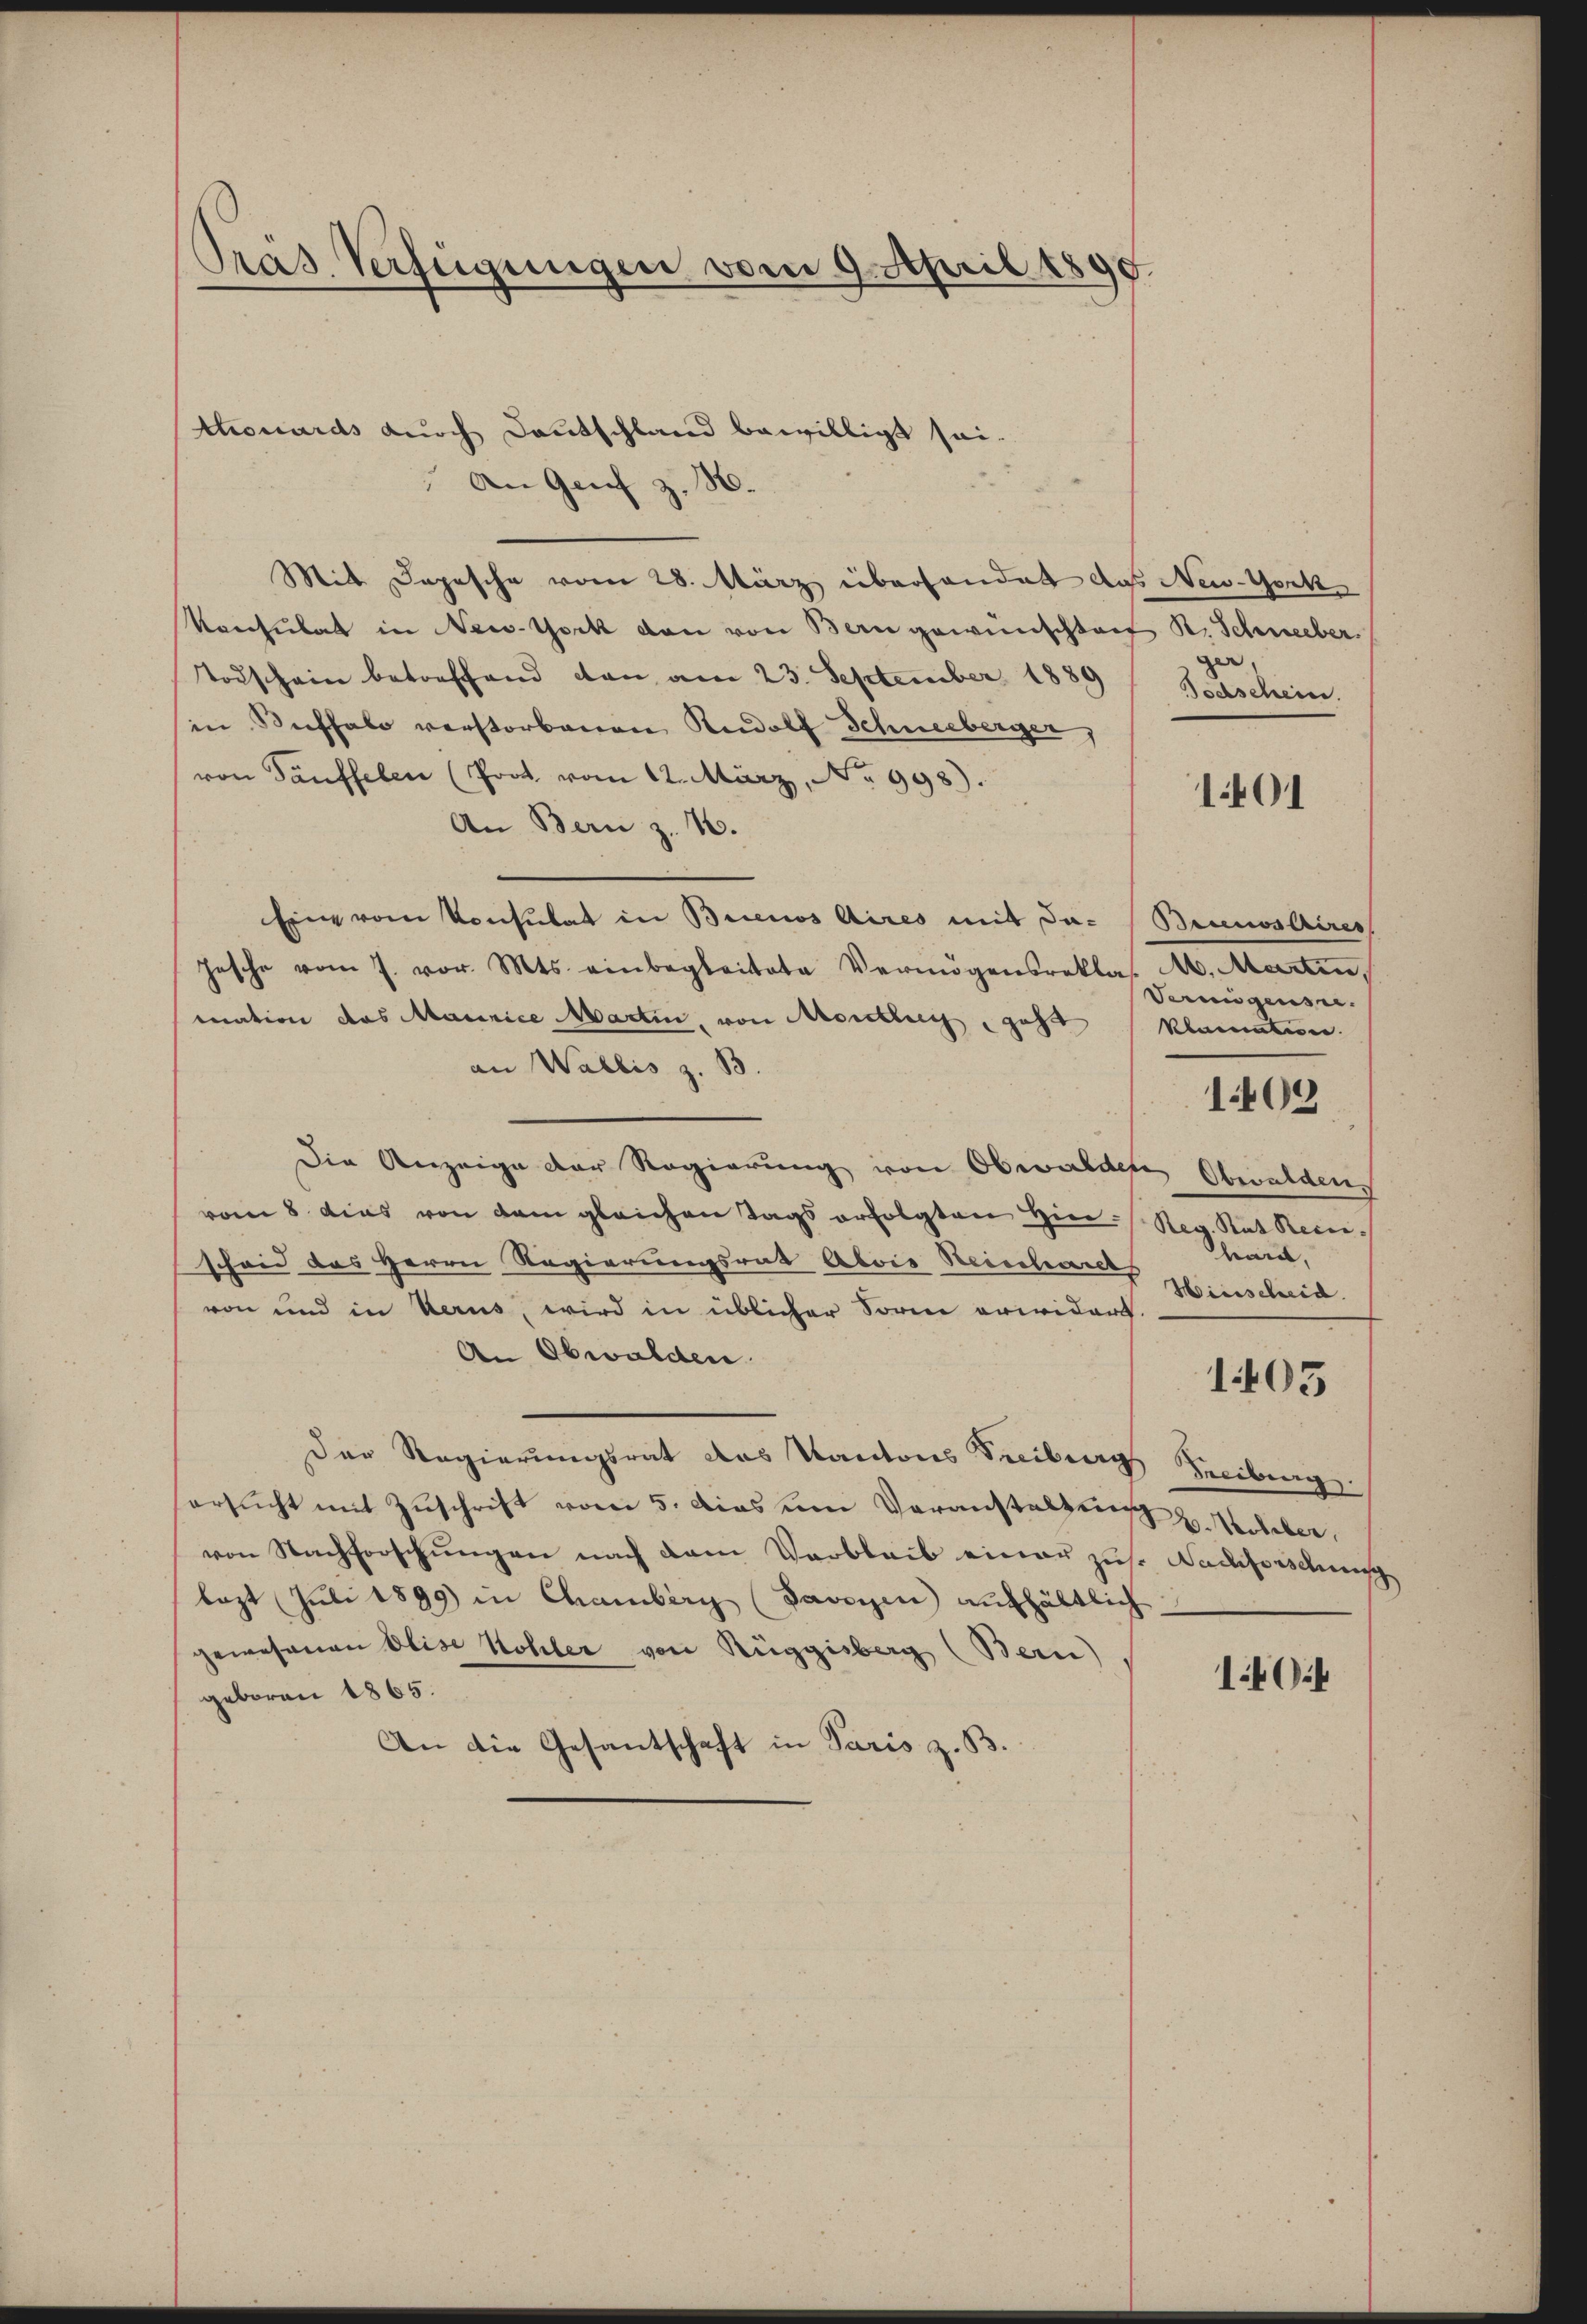
Pras. Verfügungen vom 9. April 1890.

thonards durch Deutschland bewilligt sei.
An Genf z. B.
Mit Depesche vom 28. März überhandet das New-York
Konsulat in New-York den von Bern gewünschten R. Schneeber
Todschein betreffend von am 23. September 1889/ Bochschein.
in Kuffalo verstorbenen Rudolf Schneeberger,
von Täuffelen (Prot vom 12. März, No 998).
An Bern z. 10.
Ein vom Konsulat in Buenos Aires mit da- (Brinos Aires
Jasche vom 7. vor. Mts. einbegleitete Vermögensreklas. Ab. Martin,
mation das Maurice Martin, von Monthey, geht
an Wallis z. B.
Die Anzeige der Regierung von Obwalden Obwalden,
vom 8. dies von dem gleichen Tags erfolgten hier Reg. Rat Recischeid des Herrn Regierungsrat Alois Reinhard
von und in Kerus, wird in üblicher Sorne erwidert.
An Obwalden.
Der Regierungsrat des Kantons Freiburgs Freiburg.
ersucht mit Zuschrift vom 5. dies um Voranstaltung u. Weber,
von Nachforschungen nach dem Verbleib einer zu. Nachforschung
bezt Juli 1899) in Chamberg (Savoyen aufhältlich
gewesenen Elise Kohler von Rüggisberg (Bern)
geboren 1865.
An die Gesantschaft in Paris z. B.

zer

1401

Vermögense.
klarention
heures,
Hinscheid
105

109

140: